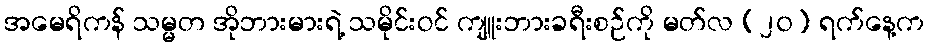
အမေရိကန် သမ္မတ အိုဘားမားရဲ့ သမိုင်းဝင် ကျူးဘားခရီးစဉ်ကို မတ်လ (၂၀) ရက်နေ့က